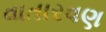
વાતારવણ